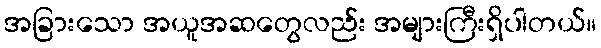
အခြားသော အယူအဆတွေလည်း အများကြီးရှိပါတယ်။